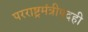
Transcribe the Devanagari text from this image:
परराष्ट्रमंत्रीपदही